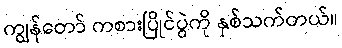
ကျွန်တော် ကစားပြိုင်ပွဲကို နှစ်သက်တယ်။